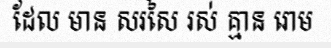
ដែល មាន សរសៃ រស់ គ្មាន រោម